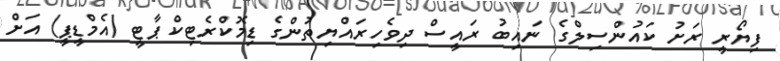
ފިޔޯރީ ރަށު ކައުންސިލްގެ ނައިބު ރައީސް ދިވެހިރައްޔިތުންގެ ޑިމޮކްރެޓިކް ޕާޓީ (އެމްޑީޕީ) އަށް